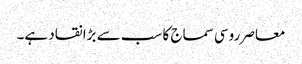
معاصر روسی سماج کا سب سے بڑا نقاد ہے۔